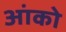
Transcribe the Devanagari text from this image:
आंको